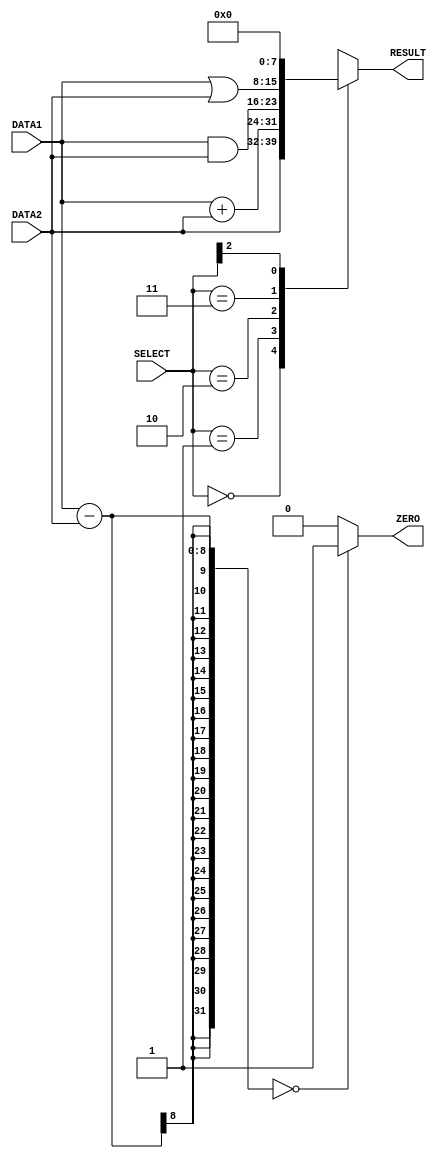
module alu(DATA1,DATA2,SELECT,RESULT,ZERO);
	//port declaration 
	//create 2  8 bit input
	input [7:0] DATA1 , DATA2;
	//create a 3bit input
	input [2:0] SELECT;
	//create a 8 bit output reg for hold the result
	output reg [7:0] RESULT;
	output reg ZERO;  //for branch purpose
	
	
	always @ (DATA1,DATA2,SELECT) //sensivity for data1 ,data2 and select ports
	begin
		casex (SELECT)
			3'b000 : #1 RESULT = DATA2;               //forward
 			3'b001 : #2 RESULT = DATA1 + DATA2;   //add data
			3'b010 : #1 RESULT = DATA1 & DATA2;  //bitwise and opration
			3'b011 : #1 RESULT = DATA1 | DATA2;   //bitwise or opration
			3'b1xx :    RESULT = 8'b00000000;        //reserved
		endcase
		
	end
	always @ (DATA1,DATA2,SELECT) begin
	#2
		if(DATA1-DATA2 == 0) begin
			ZERO = 1'b1;
		end
		else begin
			ZERO =1'b0;
		end
		
		
		
	end
	
endmodule